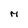
Character: M